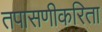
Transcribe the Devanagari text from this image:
तपासणीकरिता